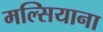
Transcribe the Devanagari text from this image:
मल्सियाना